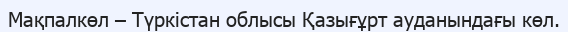
Мақпалкөл – Түркістан облысы Қазығұрт ауданындағы көл.